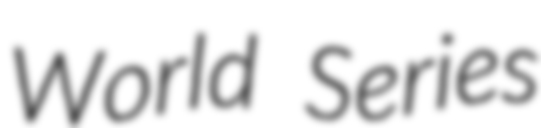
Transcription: World Series